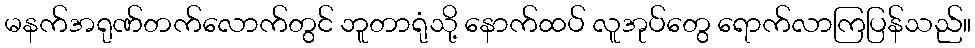
မနက်အရုဏ်တက်လောက်တွင် ဘူတာရုံသို့ နောက်ထပ် လူအုပ်တွေ ရောက်လာကြပြန်သည်။